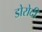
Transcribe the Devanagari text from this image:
डोरोदी